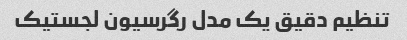
تنظیم دقیق یک مدل رگرسیون لجستیک